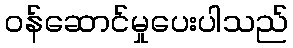
ဝန်ဆောင်မှုပေးပါသည်